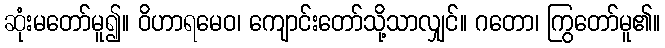
ဆုံးမတော်မူ၍။ ဝိဟာရမေဝ၊ ကျောင်းတော်သို့သာလျှင်။ ဂတော၊ ကြွတော်မူ၏။